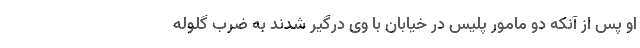
او پس از آنکه دو مامور پلیس در خیابان با وی درگیر شدند به ضرب گلوله